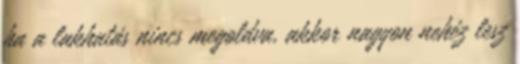
ha a lakhatás nincs megoldva, akkor nagyon nehéz lesz